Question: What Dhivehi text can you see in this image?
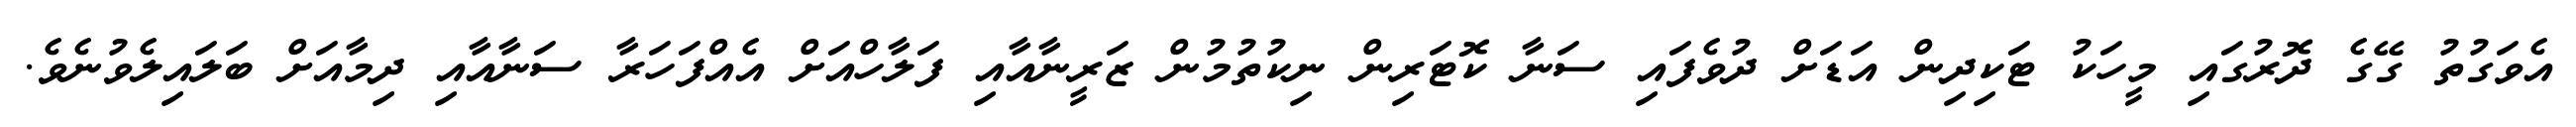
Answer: އެވަގުތު ގޭގެ ދޮރުގައި މީހަކު ޓަކިދިން އަޑަށް ދުވެފައި ސަނާ ކޮޓަރިން ނިކުތުމުން ޒަރީނާއާއި ފަލާހްއަށް އެއްފަހަރާ ސަނާއާއި ދިމާއަށް ބަލައިލެވުނެވެ.